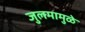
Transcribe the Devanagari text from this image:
जुलमामुळे